Medical and sanitary report of the native army of Bengal for the year
Year: 1878
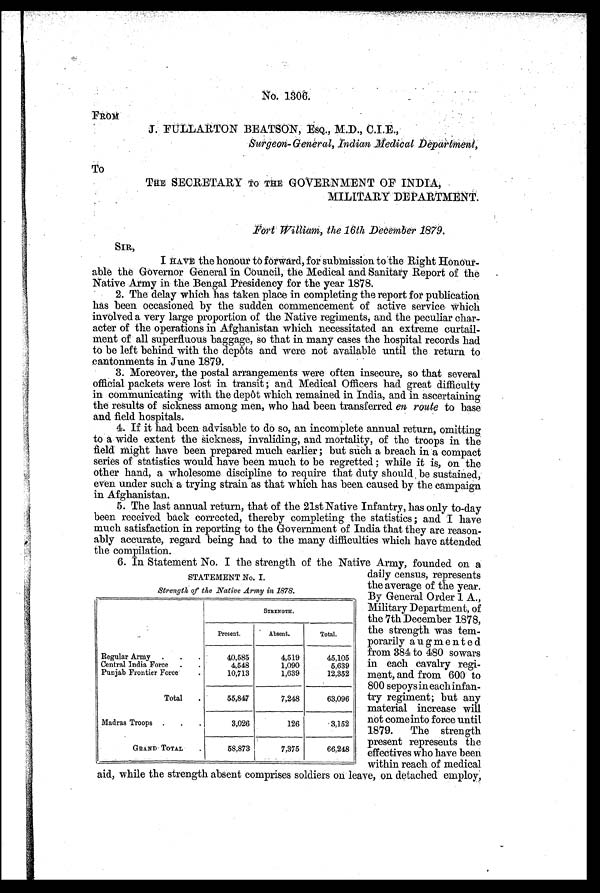
No. 1306.
FROM
J. FULLARTON BEATSON, ESQ. , M. D. , C. I. E. ,
Surgeon-General, Indian Medical Department,
To
THE SECRETARY TO THE GOVERNMENT OF INDIA,
MILITARY DEPARTMENT.
F o r t W i l l i a m , t h e 1 6 t h D e c e m b e r 1 8 7 9 .
SIR,
I HAVE the honour to forward, for submission to.the Right Honour-
able the Governor General in Council, the Medical and Sanitary Report of the
Native Army in the Bengal Presidency for the year 1878.
2. The delay which has taken place in completing the report for publication
has been occasioned by the sudden commencement of active service which
involved a very large proportion of the Native regiments, and the peculiar char-
acter of the operations in Afghanistan which necessitated an extreme curtail-
ment of all superfluous baggage, so that in many cases the hospital records had
to be left behind with the depôts and were not available until the return to
cantonments in June 1879.
3. Moreover, the postal arrangements were often insecure, so that several
official packets were lost in transit ; and. Medical Officers had great difficulty
in communicating with the depôt which remained in India, and in ascertaining
the results of sickness among men, who had been transferred en route to base
and field hospitals.
4. If it had been advisable to do so, an incomplete annual return, omitting
to a wide extent the sickness, invaliding, and mortality, of the troops in the
field might have been prepared much earlier ; but such a breach in 'a compact
series of statistics would have been much to be regretted ; while it is, on the
other hand, a wholesome discipline to require that duty should , be sustained,
even under such a trying strain as that which has been caused by the campaign
in Afghanistan.
5. The last annual return, that of the 21st Native Infantry, has only to-day
been received back corrected, thereby completing the statistics ; and I have
much satisfaction in reporting to the Government of India that they are reason-
ably accurate, regard being had to the many difficulties which have attended
the compilation.
6. In Statement No. I the strength of the Native Army, founded on a
daily census, represents
the average of the year.
By General Order 1 A.,
Military Department, of
the 7th December 1878,
the strength was tem-
porarily augmented
from 384 to 480 sowars
in each cavalry regi-
ment, and from 600 to
800 sepoys in each infan-
try regiment; but any
material increase will
not come into force until
1879. The strength
present represents the
effectives who have been
within reach of medical
aid, while the strength absent comprises soldiers on leave, on. detached employ;
STATEMENT No. I.
Strength of the Native Army in 1878.
STRENGTH.
Present.
Absent.
Total.
Regular Army . . .
40,585
4,519
45,105
Central India Force . .
4,548
1,090
5,639
Punjab Frontier Force
.
10,713
1,639
12,352
Total .
55,847
7,248
63,096
Madras Troops . . .
3,026
126
3,152
GRAND TOTAL .
58,873
7,375
66,248